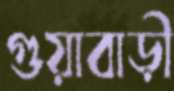
গুয়াবাড়ী